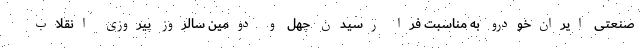
صنعتی ایران‌خودرو به مناسبت فرا رسیدن چهل و دومین سالروز پیروزی انقلاب